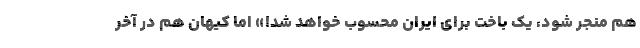
هم منجر شود، یک باخت برای ایران محسوب خواهد شد!» اما کیهان هم در آخر